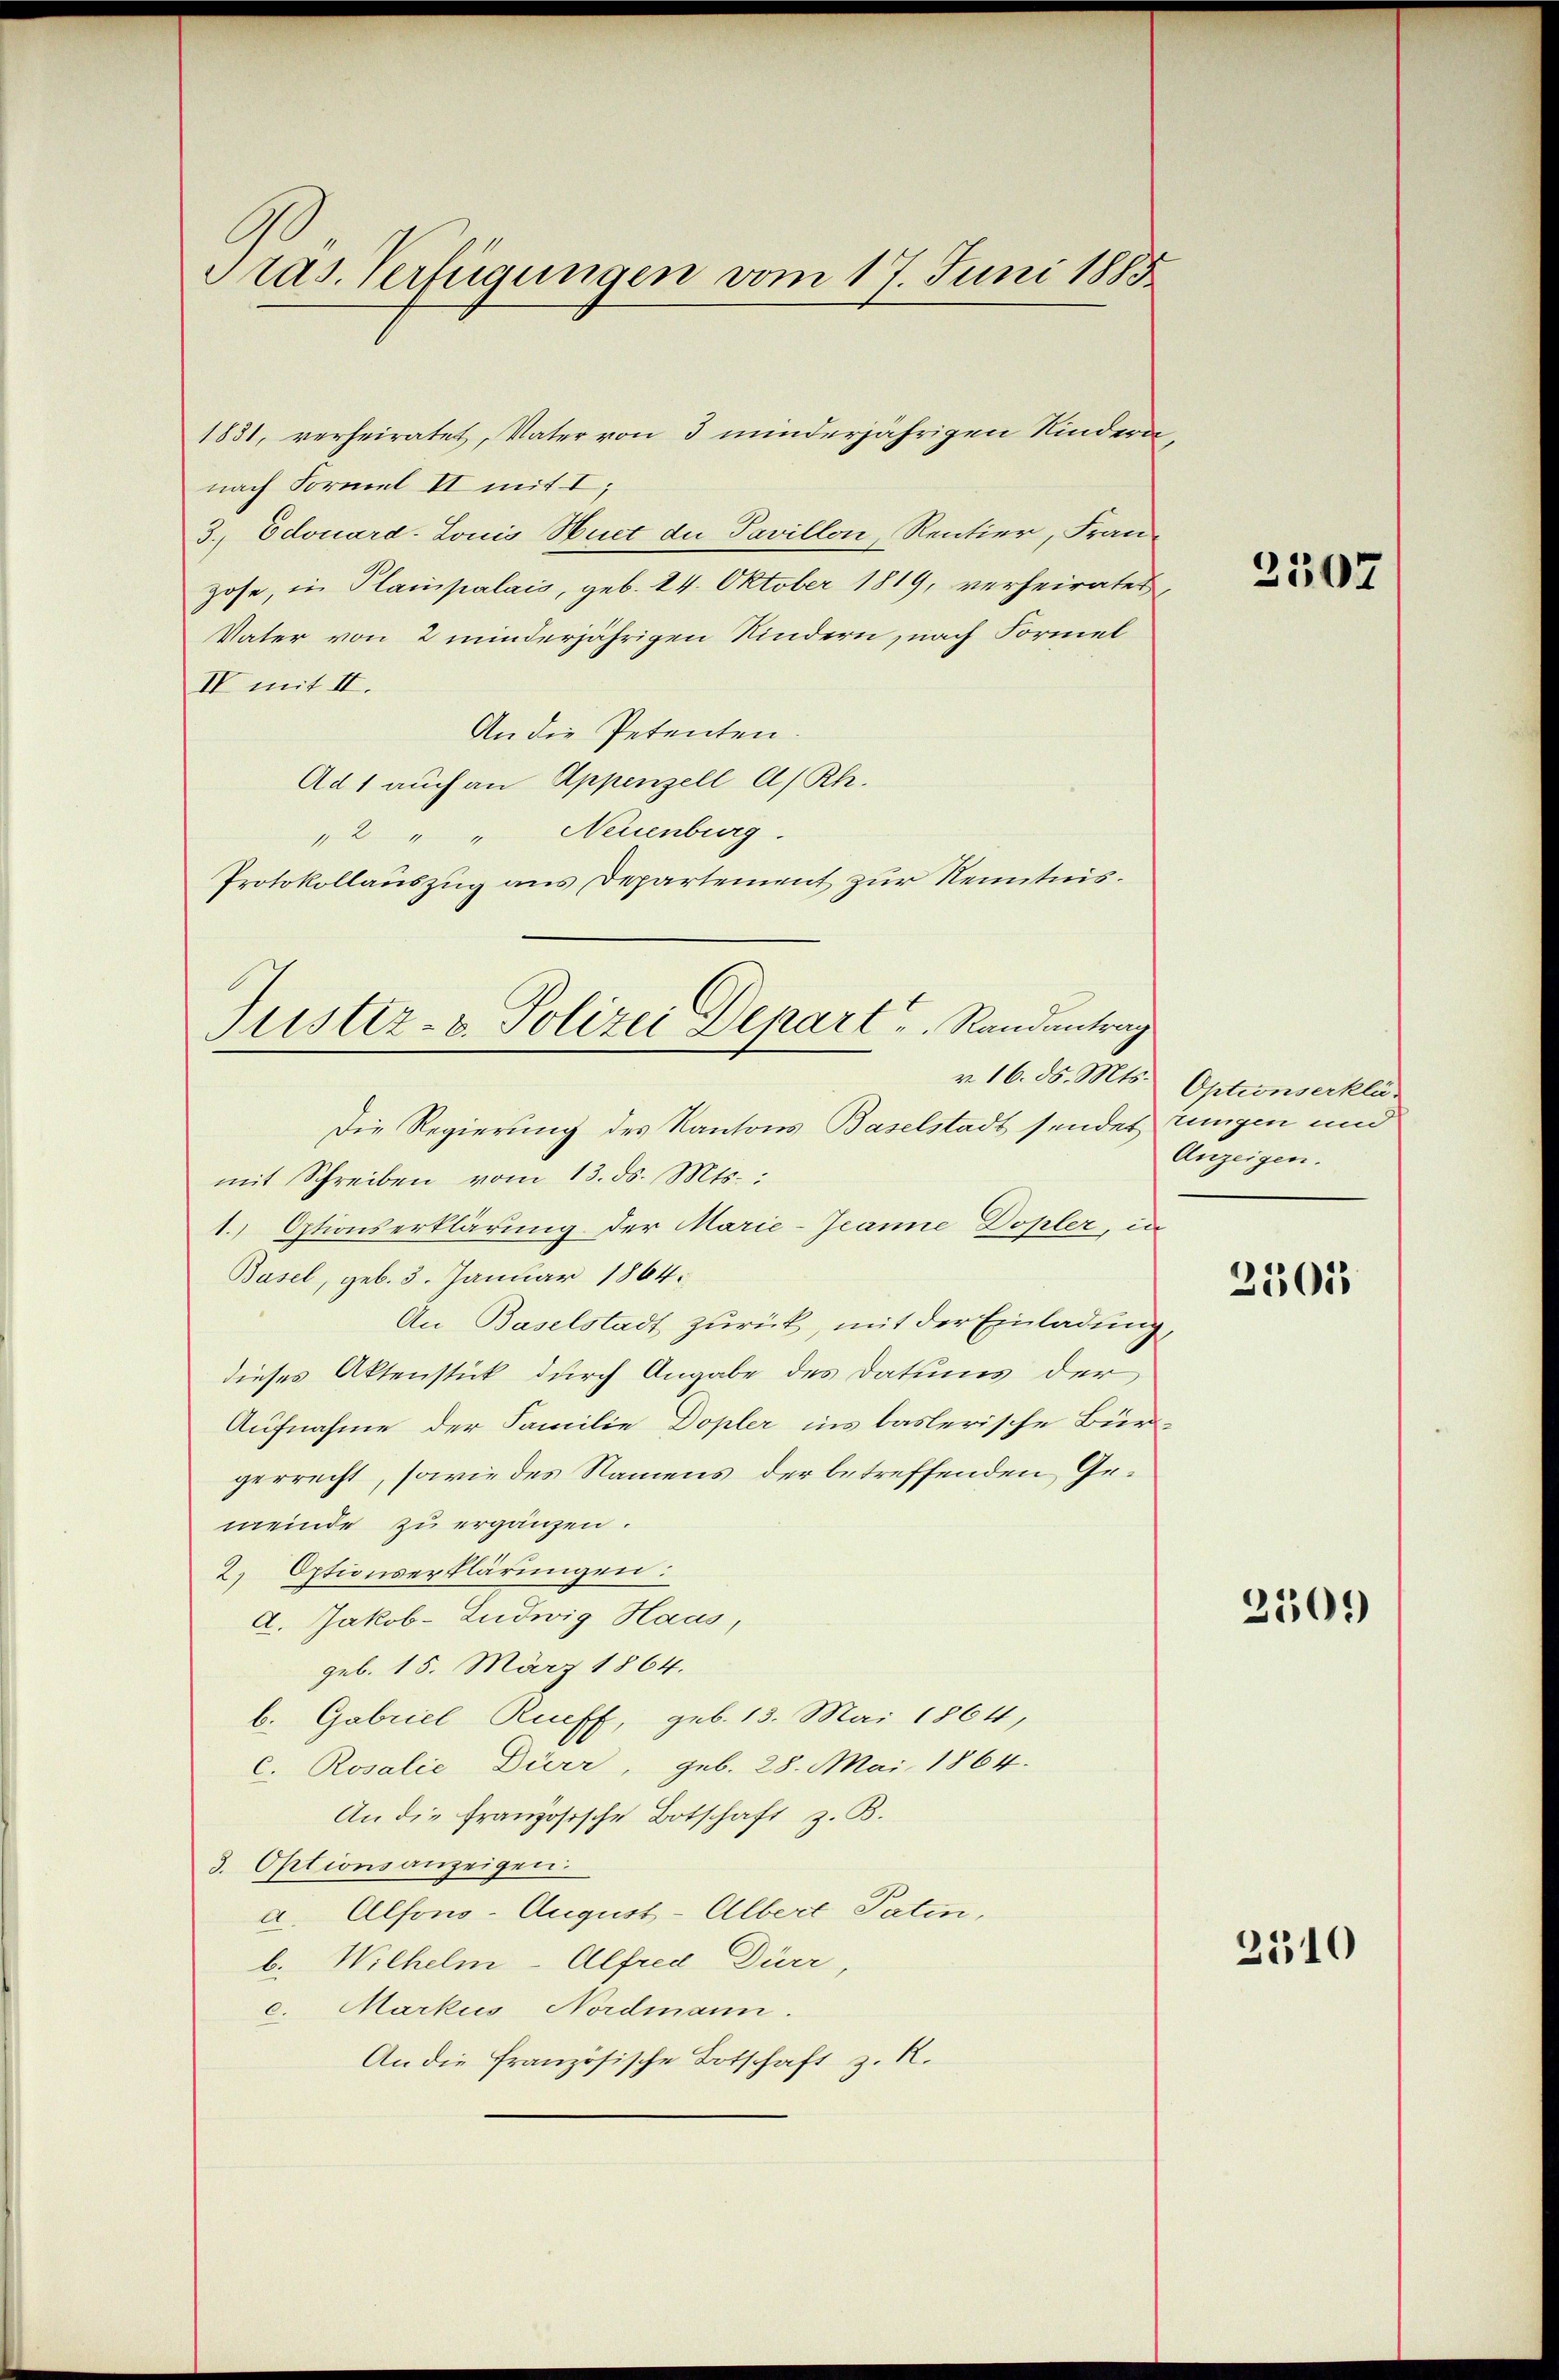
Pras. Verfügungen vom 17. Juni 1885

1831, verheiratet, Vater von 3 minderjährigen Kinderanach Formel II mit I
3. Edouard-Louis Huet du Pavillon, Rentier, Franzose, in Planpalais, geb. 14. Oktober 1819, verheirates,
Vater von 2 minderjährigen Kindern, nach Formel
IV mit II.
An die Petenten.
Ad 1 auch an Appenzell A/Rh.
" 2 " " Neuenburg.
Protokollauszug aus Departement zur Kenntnis.

Justiz- & Polizei Depart u. Randantrag
v. 16. d. Mts.

Die Regierung des Kantons Baselstadt sendet ungen und
mit Schreiben vom 13. ds. Mts.:
1.) Optionserklärung der Marie-Jeanne Dopler, in
Basel, geb. 3. Januar 1864.
An Baselstadt zurück, mit der Einladung,
dieses Aktenstück durch Angabe des Datums der
Aufnahme der Familie Dopler ins baslerische Bür-
gerrecht, sowie des Namens der betreffenden Gemeinde zu ergänzen.
2. Optionserklärungen:
A. Jakob-Ludwig Haas,
geb. 15. März 1864.
b. Gabriel Rueff, geb. 13. Mai 1864,
c. Rosalie Dürr, geb. 28. Mai 1864.
An die Französische Botschaft z. B.
3. Optionsanzeigen.
a. Alfons-August-Albert Paten,
b. Wilhelm-Alfred Dürr,
c. Markus Nordmann.
An die französische Botschaft z. R.

2507

Optionserklä
Anzeigen.

3505

2509

2510